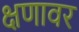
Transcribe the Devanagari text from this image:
क्षणावर